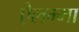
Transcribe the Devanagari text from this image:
ऐलम्मा